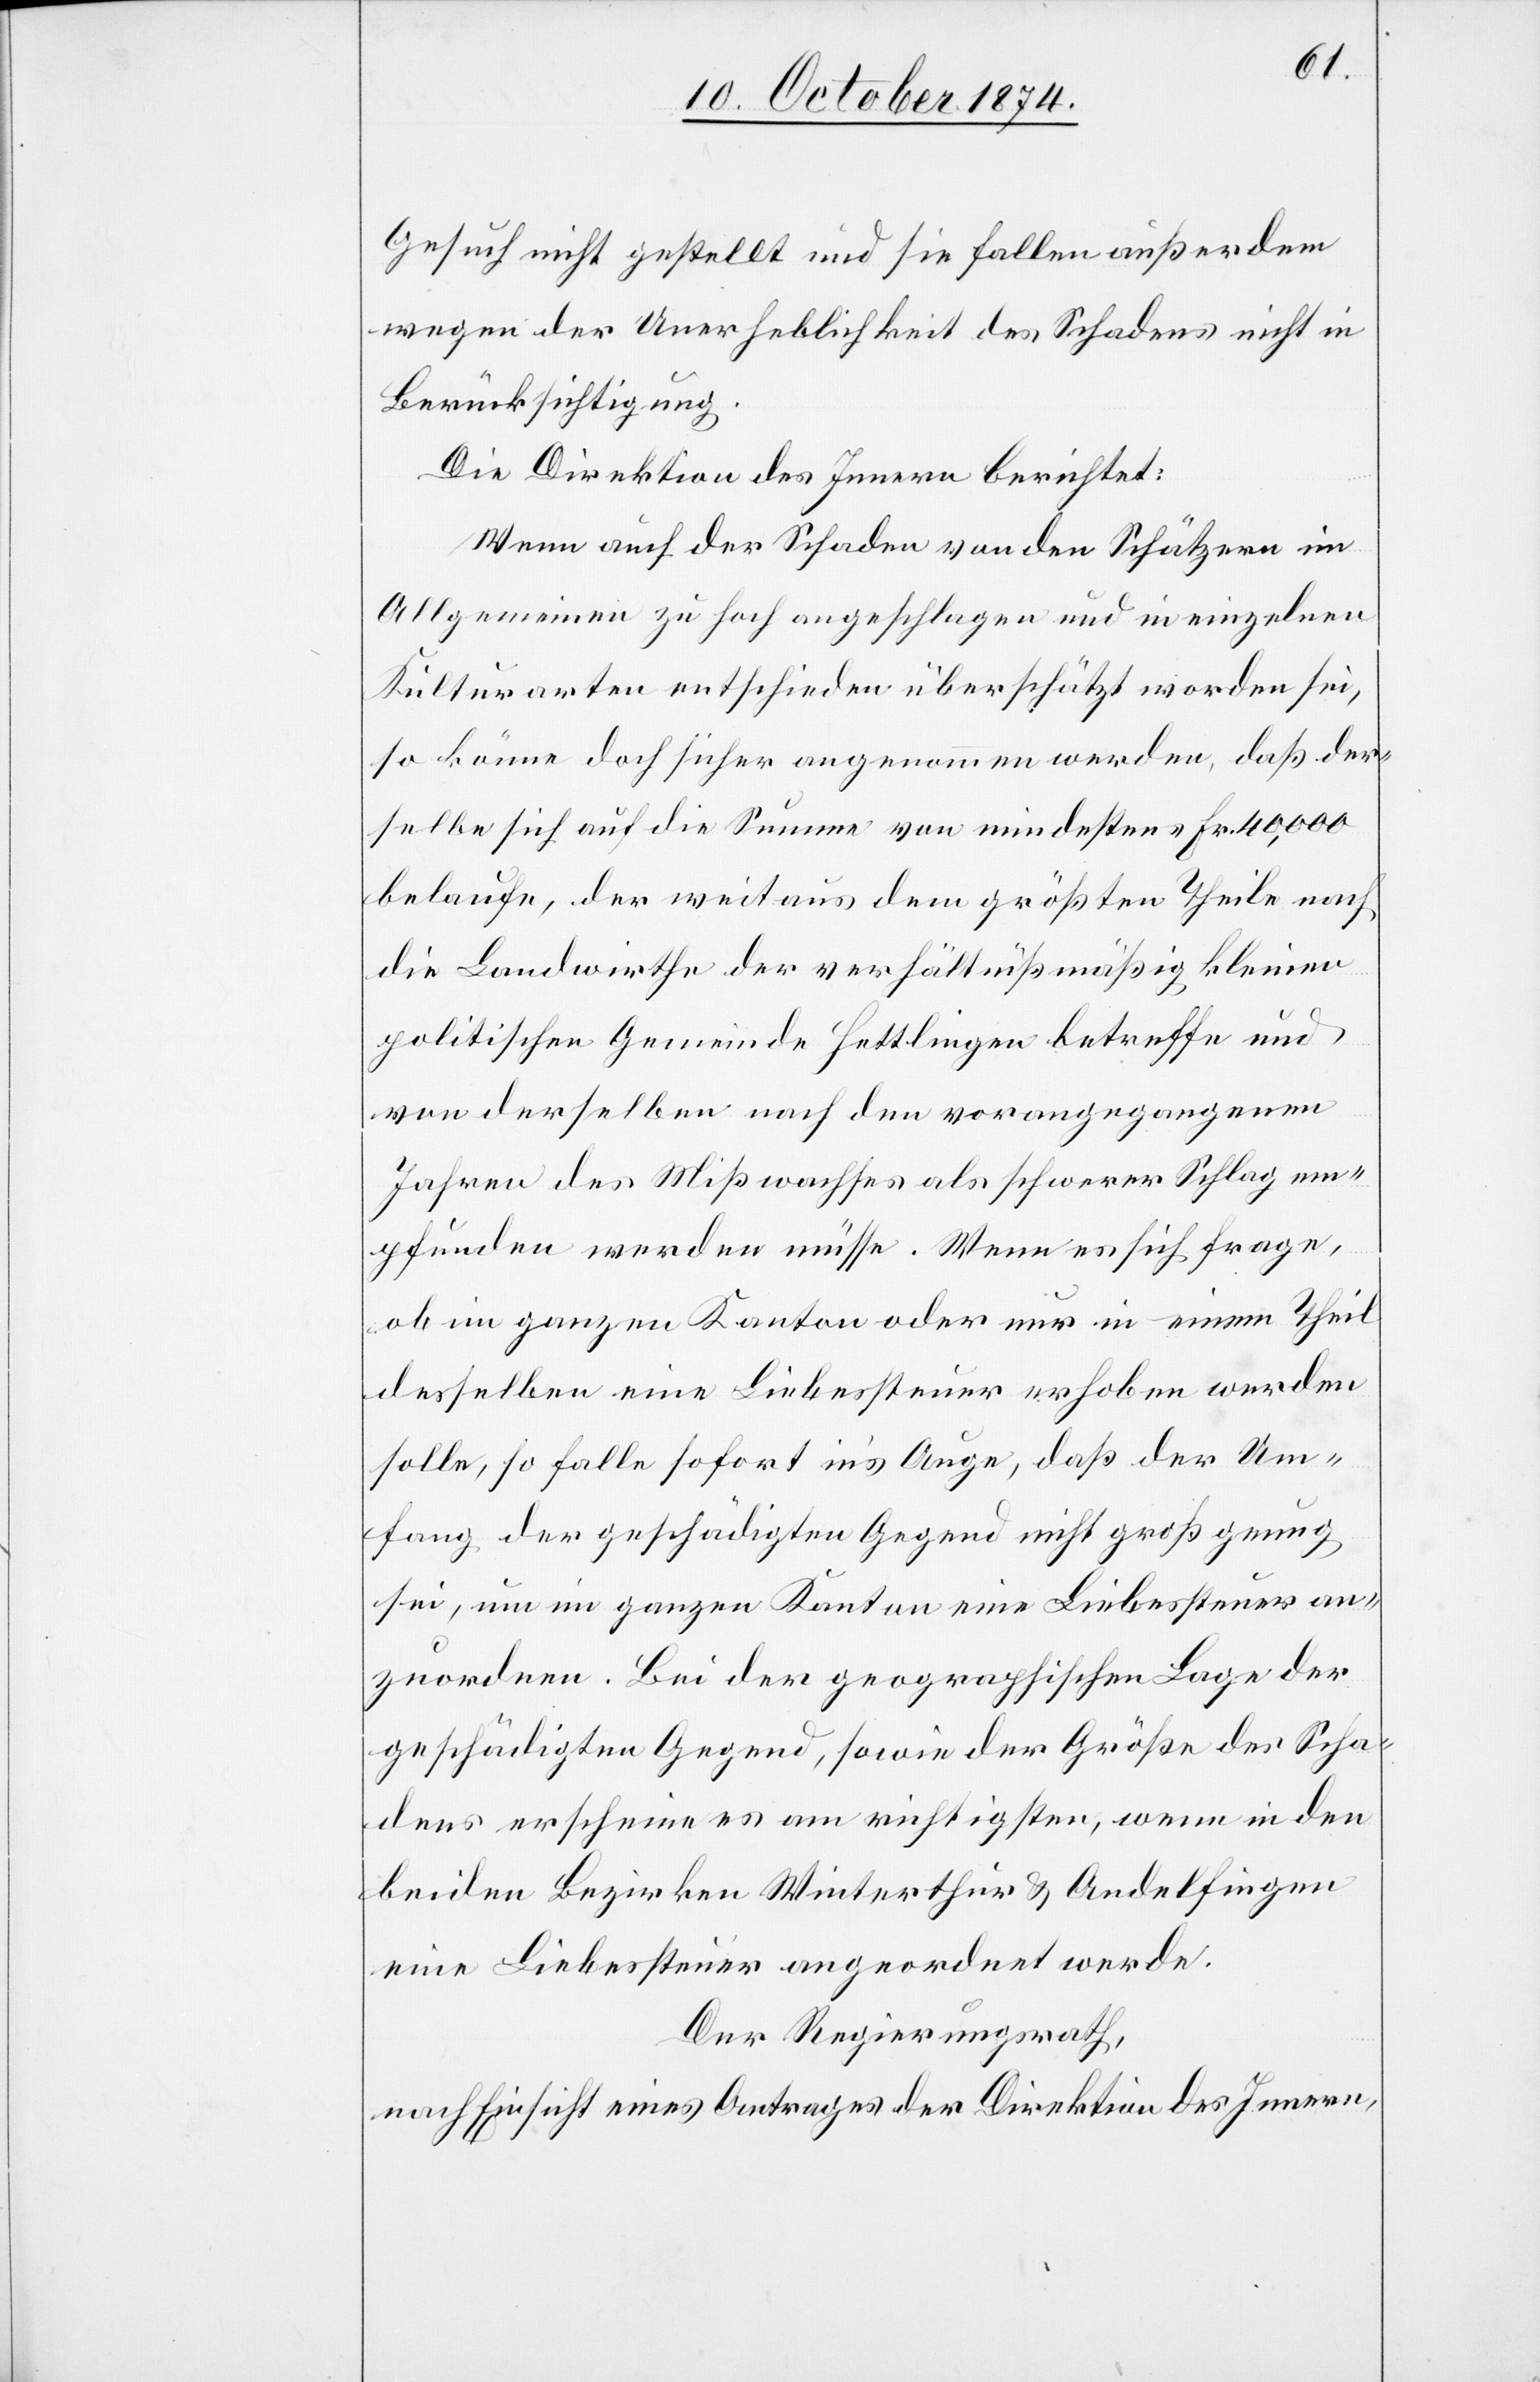
Gesuch nicht gestellt und sie fallen außerdem
wegen der Unerheblichkeit des Schadens nicht in
Berücksichtigung.
Die Direktion des Innern berichtet:
Wenn auch der Schaden von den Schätzern im
Allgemeinen zu hoch angeschlagen und in einzelnen
Kulturarten entschieden überschätzt worden sei,
so könne doch sicher angenommen werden, daß der¬
selbe sich auf die Summe von mindestens Fr. 40,000
belaufe, der weitaus dem größten Theile nach
die Landwirthe der verhältnißmäßig kleinen
politischen Gemeinde Hettlingen betreffe und
von derselben nach den vorangegangenen
Jahren des Mißwachses als schwerer Schlag em¬
pfunden werden müsse. Wenn es sich frage,
ob im ganzen Kanton oder nur in einem Theil
desselben eine Liebessteuer erhoben werden
solle, so falle sofort in’s Auge, daß der Um¬
fang der geschädigten Gegend nicht groß genug
sei, um im ganzen Kanton eine Liebessteuer an¬
zuordnen. Bei der geographischen Lage der
geschädigten Gegend, sowie der Größe des Scha¬
dens erscheine es am richtigsten, wenn in den
beiden Bezirken Winterthur & Andelfingen
eine Liebessteuer angeordnet werde.
Der Regierungsrath,
nach Einsicht eines Antrages der Direktion des Innern,